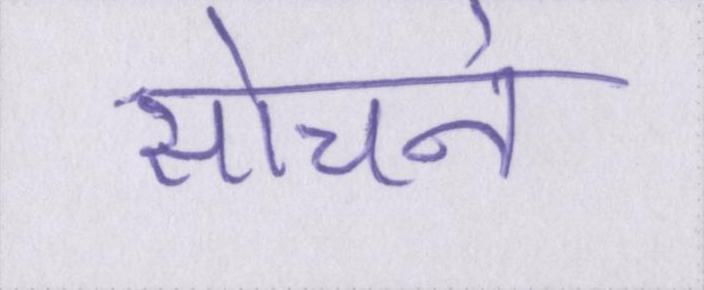
सोचने